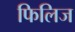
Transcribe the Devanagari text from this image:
फिलिज